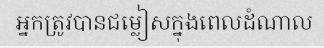
អ្នកត្រូវបានជម្លៀសក្នុងពេលដំណាល